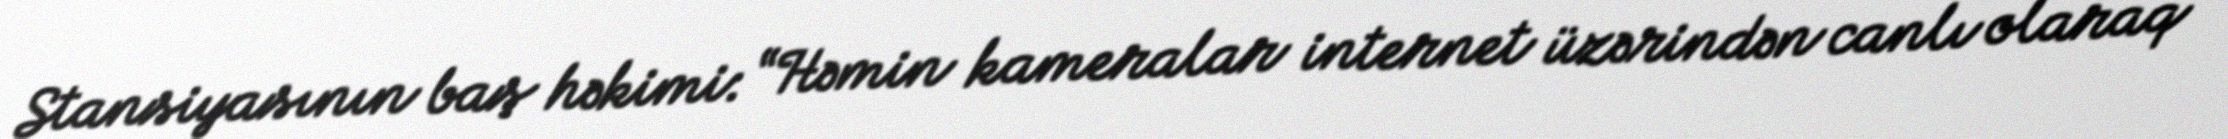
Stansiyasının baş həkimi: “Həmin kameralar internet üzərindən canlı olaraq